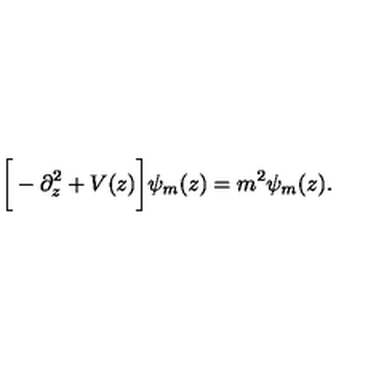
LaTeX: \bigg [ - \partial _ { z } ^ { 2 } + V ( z ) \bigg ] \psi _ { m } ( z ) = m ^ { 2 } \psi _ { m } ( z ) .